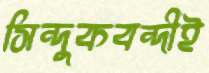
সিন্দুকবন্দীই